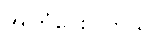
အကြံပေးပါတယ်။